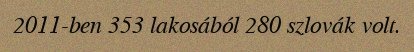
2011-ben 353 lakosából 280 szlovák volt.